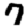
Digit: 7